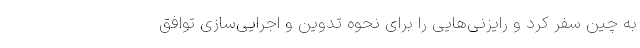
به چین سفر کرد و رایزنی‌هایی را برای نحوه تدوین و اجرایی‌سازی توافق